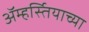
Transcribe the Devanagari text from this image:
ॲम्हर्स्तियाच्या